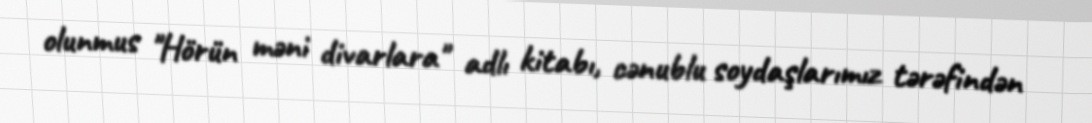
olunmus "Hörün məni divarlara" adlı kitabı, cənublu soydaşlarımız tərəfindən